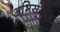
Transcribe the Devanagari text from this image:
अभिसंचित